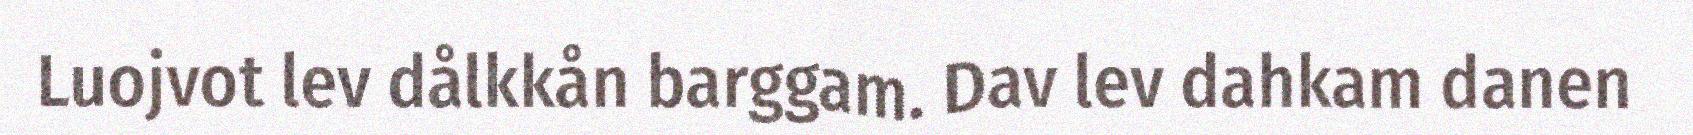
Luojvot lev dålkkån barggam. Dav lev dahkam danen